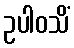
ဥပါဝသိံ